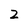
Character: 2